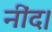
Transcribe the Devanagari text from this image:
नींद।